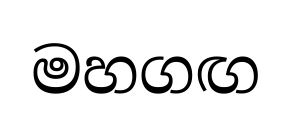
මහගඟ